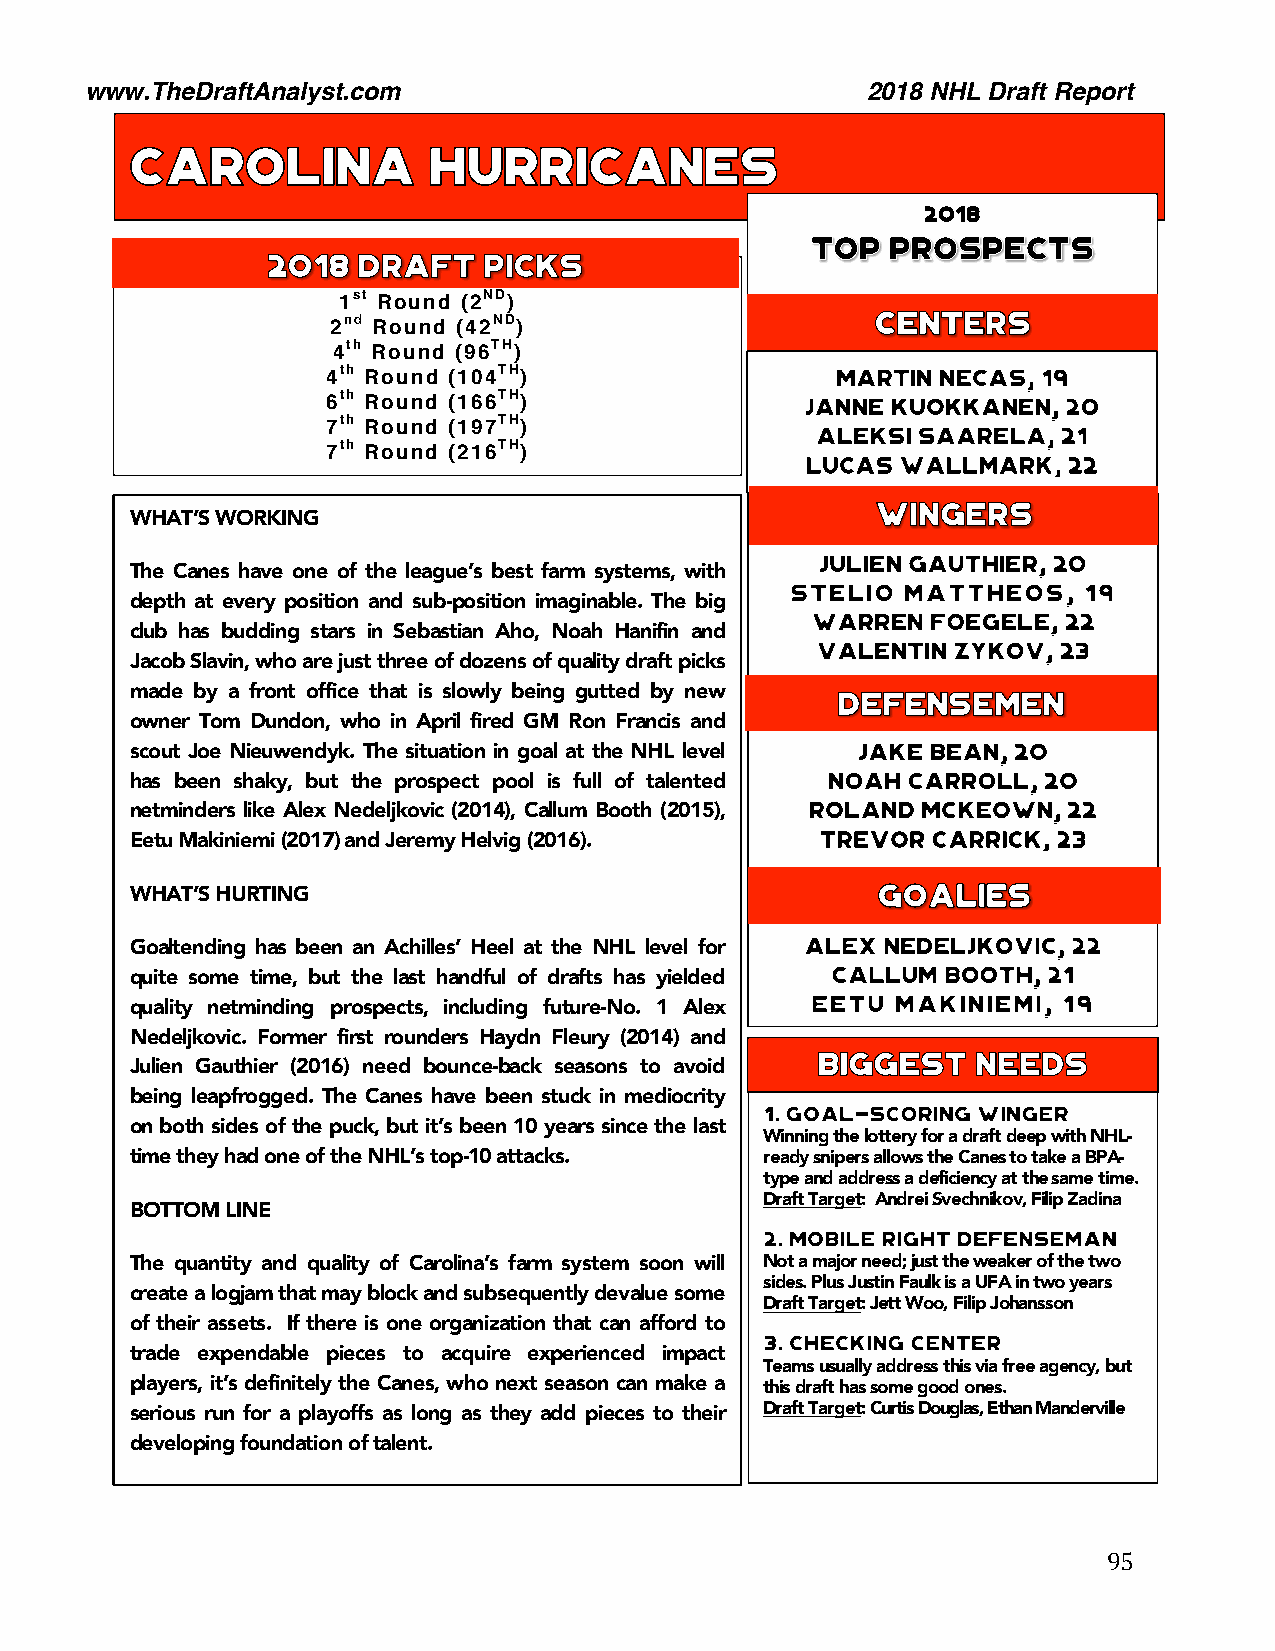
www.TheDraftAnalyst.com                            2018 NHL Draft Report
 2018
 1st Round (2ND)
 2nd Round (42ND)
 4th Round (96TH)
 4th Round (104TH)
 6th Round (166TH)
 7th Round (197TH)
 7th Round (216TH)
 WHAT’S WORKING
 The Canes have one of the league’s best farm systems, with
 depth at every position and sub-position imaginable. The big
 club has budding stars in Sebastian Aho, Noah Hanifin and
 Jacob Slavin, who are just three of dozens of quality draft picks
 made by a front office that is slowly being gutted by new
 owner Tom Dundon, who in April fired GM Ron Francis and
 scout Joe Nieuwendyk. The situation in goal at the NHL level
 has been shaky, but the prospect pool is full of talented
 netminders like Alex Nedeljkovic (2014), Callum Booth (2015),
 Eetu Makiniemi (2017) and Jeremy Helvig (2016).
 WHAT’S HURTING
 Goaltending has been an Achilles’ Heel at the NHL level for
 quite some time, but the last handful of drafts has yielded
 quality netminding prospects, including future-No. 1 Alex
 Nedeljkovic. Former first rounders Haydn Fleury (2014) and
 Julien Gauthier (2016) need bounce-back seasons to avoid
 being leapfrogged. The Canes have been stuck in mediocrity
 on both sides of the puck, but it’s been 10 years since the last
 Winning the lottery for a draft deep with NHL-
 time they had one of the NHL’s top-10 attacks. ready snipers allows the Canes to take a BPA-
 type and address a deficiency at the same time.
 Draft Target: Andrei Svechnikov, Filip Zadina
 BOTTOM LINE                          52.
 The quantity and quality of Carolina’s farm system soon will Not a major need; just the weaker of the two
 sides. Plus Justin Faulk is a UFA in two years
 create a logjam that may block and subsequently devalue some
 55.  Draft Target: Jett Woo, Filip Johansson
 of their assets. If there is one organization that can afford to
 trade expendable pieces to acquire experienced impact
 Teams usually address this via free agency, but
 players, it’s definitely the Canes, who next season can make a this draft has some good ones.
 serious run for a playoffs as long as they add pieces to their Draft Target: Curtis Douglas, Ethan Manderville
 developing foundation of talent.
 95